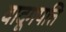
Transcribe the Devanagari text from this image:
वादूगपत्ति